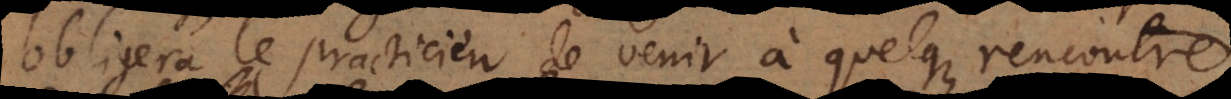
obligera le practicien de venir à quelque rencontre